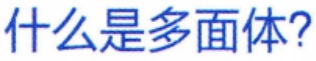
什么是多面体?